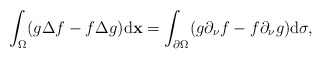
\begin{align*} \int_{\Omega}(g\Delta f-f\Delta g){\rm d}\mathbf x=\int_{\partial \Omega}(g\partial _{\nu}f-f\partial_\nu g) {\rm d}\sigma, \end{align*}